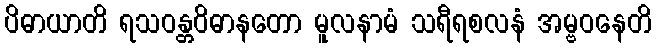
ပိဓာယာတိ ရသဝန္တဝိဓာနတော မူလနာမံ သရီရစလနံ အမ္ဗဝနေတိ